Civil Veterinary Department Bengal reports 1923-33 - 1923-1933
Year: 1923
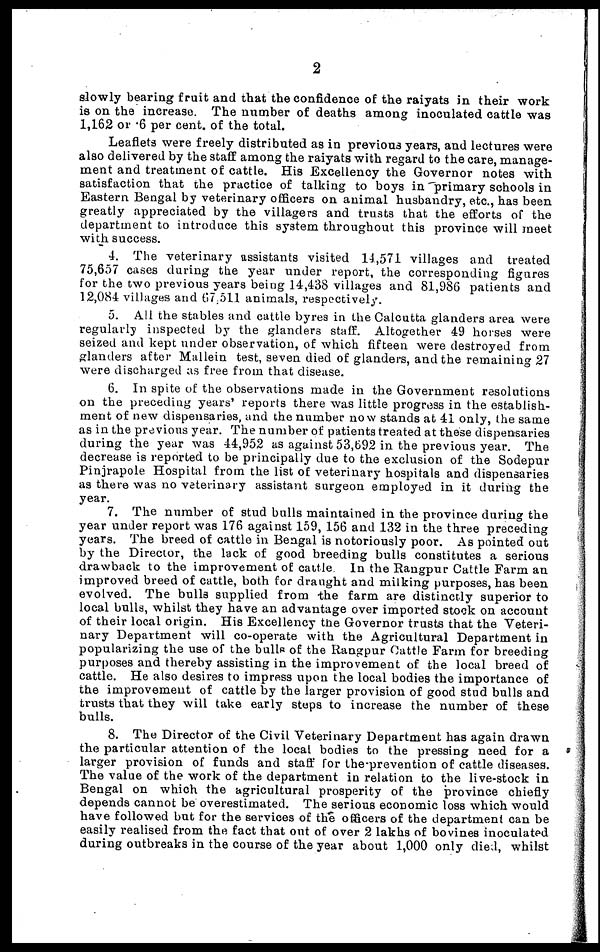
2
slowly bearing fruit and that the confidence of the raiyats in their work
is on the increase. The number of deaths among inoculated cattle was
1,162 or 6 per cent. of the total.
Leaflets were freely distributed as in previous years, and lectures were
also delivered by the staff among the raiyats with regard to the care, manage-
ment and treatment of cattle. His Excellency the Governor notes with
satisfaction that the practice of talking to boys in primary schools in
Eastern Bengal by veterinary officers on animal husbandry, etc., has been
greatly appreciated by the villagers and trusts that the efforts of the
department to introduce this system throughout this province will meet
with success.
4. The veterinary assistants visited 14,571 villages and treated
75,657 cases during the year under report, the corresponding figures
for the two previous years being 14,438 villages and 81,986 patients and
12,084 villages and 67,511 animals, respectively.
5. All the stables and cattle byres in the Calcutta glanders area were
regularly inspected by the glanders staff. Altogether 49 horses were
seized and kept under observation, of which fifteen were destroyed from
glanders after Mallein test, seven died of glanders, and the remaining 27
were discharged as free from that disease.
6. In spite of the observations made in the Government resolutions
on the preceding years' reports there was little progress in the establish-
ment of new dispensaries, and the number now stands at 41 only, the same
as in the previous year. The number of patients treated at these dispensaries
during the year was 44,952 as against 53,692 in the previous year. The
decrease is reported to be principally due to the exclusion of the Sodepur
Pinjrapole Hospital from the list of veterinary hospitals and dispensaries
as there was no veterinary assistant surgeon employed in it during the
year.
7. The number of stud bulls maintained in the province during the
year under report was 176 against 159, 156 and 132 in the three preceding
years. The breed of cattle in Bengal is notoriously poor. As pointed out
by the Director, the lack of good breeding bulls constitutes a serious
drawback to the improvement of cattle In the Rangpur Cattle Farm an
improved breed of cattle, both for draught and milking purposes, has been
evolved. The bulla supplied from the farm are distinctly superior to
local build, whilst they have an advantage over imported stock on account
of their local origin. His Excellency the Governor trusts that the Veteri-
nary Department will co-operate with the Agricultural Department in
popularizing the use of the bulls of the Rangpur Cattle Farm for breeding
purposes and thereby assisting in the improvement of the local breed of
cattle. He also desires to impress upon the local bodies the importance of
the improvement of cattle by the larger provision of good stud bulls and
trusts that they will take early stops to increase the number of these
bulls.
8. The Director of the Civil Veterinary Department has again drawn
the particular attention of the local bodies to the pressing need for a
larger provision of funds and staff for the prevention of cattle diseases.
The value of the work of the department in relation to the live-stock in
Bengal on which the agricultural prosperity of the province chiefly
depends cannot be overestimated. The serious economic loss which would
have followed but for the services of the officers of the department can be
easily realised from the fact that out of over 2 lakhs of bovines inoculated
during outbreaks in the course of the year about 1,000 only died, whilst